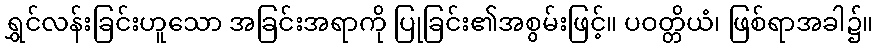
ရွှင်လန်းခြင်းဟူသော အခြင်းအရာကို ပြုခြင်း၏အစွမ်းဖြင့်။ ပဝတ္တိယံ၊ ဖြစ်ရာအခါ၌။